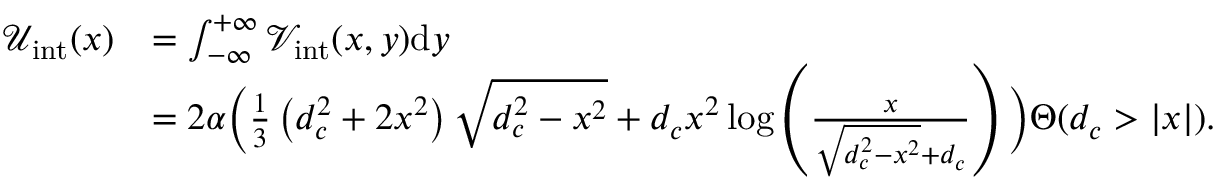
\begin{array} { r l } { \mathcal { U } _ { \mathrm { i n t } } ( x ) } & { = \int _ { - \infty } ^ { + \infty } \mathcal { V } _ { \mathrm { i n t } } ( x , y ) \mathrm { d } y } \\ & { = 2 \alpha \bigg ( \frac { 1 } { 3 } \left( d _ { c } ^ { 2 } + 2 x ^ { 2 } \right) \sqrt { d _ { c } ^ { 2 } - x ^ { 2 } } + d _ { c } x ^ { 2 } \log \left( \frac { x } { \sqrt { d _ { c } ^ { 2 } - x ^ { 2 } } + d _ { c } } \right) \bigg ) \Theta ( d _ { c } > | x | ) . } \end{array}